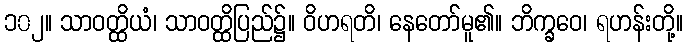
၁၀၂။ သာဝတ္ထိယံ၊ သာဝတ္ထိပြည်၌။ ဝိဟရတိ၊ နေတော်မူ၏။ ဘိက္ခဝေ၊ ရဟန်းတို့။